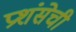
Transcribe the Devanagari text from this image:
प्रशंसेची